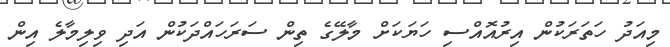
މިއަދު ހަތަރަކުން އިރުއޮއްސި ހަޔަކަށް މާލޭގެ ތިން ސަރަހައްދަކުން އަދި ވިލިމާލެ އިން